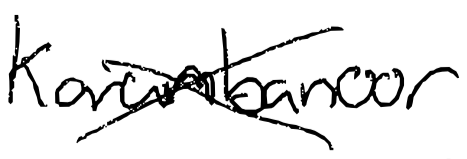
Text: Karumbanoor
Cross-out: cross
Writing tool: digital_black